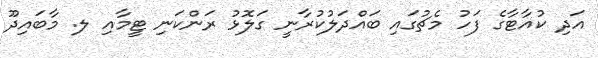
އަދި ކުއާޓާގެ ފަހު މެޗުގައި ބައްދަލުކުރާނީ ގަލޮޅު ރަންކަނި ޓީމާއި ލ. މާބައިދޫ